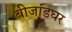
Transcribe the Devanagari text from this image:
बीजांडघर